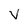
Character: v